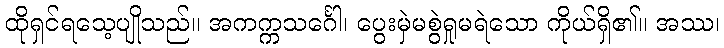
ထိုရှင်ရသေ့ပျိုသည်။ အကက္ကသင်္ဂေါ၊ ပွေးမှဲမစွဲရှုမရဲသော ကိုယ်ရှိ၏။ အဿ၊